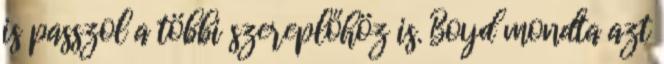
is passzol a többi szereplőhöz is. Boyd mondta azt